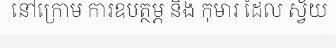
នៅក្រោម ការឧបត្ថម្ភ និង កុមារ ដែល ស្វ័យ